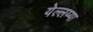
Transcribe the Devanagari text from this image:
येल्लय्या